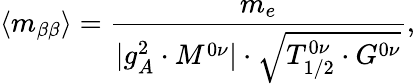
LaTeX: \langle m_{\beta\beta}\rangle=\frac{m_{e}}{|g_{A}^{2}\cdot M^{0\nu}|\cdot\sqrt{T_{1/2}^{0\nu}\cdot G^{0\nu}}},